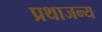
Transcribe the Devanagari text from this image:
प्रथाजन्य